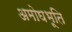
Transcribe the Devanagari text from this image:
अमोघभूति